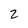
Character: 2